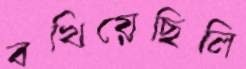
বখিয়েছিলি